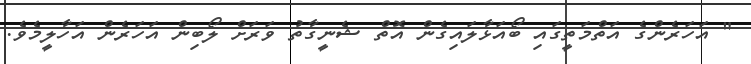
" އަހަރެންގެ އަތްމަތީގައި ބޯއަޅާލައިގެން އޮތް ޝެނީގާތު ވަރަށް ލޯބިން އަހަރެން އަހާލީމެވެ.